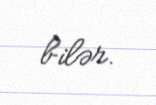
bilər.